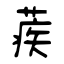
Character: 蒺